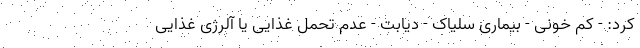
کرد: - کم خونی - بیماری سلیاک - دیابت - عدم تحمل غذایی یا آلرژی غذایی